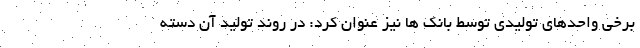
برخی واحدهای تولیدی توسط بانک ها نیز عنوان کرد: در روند تولید آن دسته